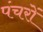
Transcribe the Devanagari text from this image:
पंचरों